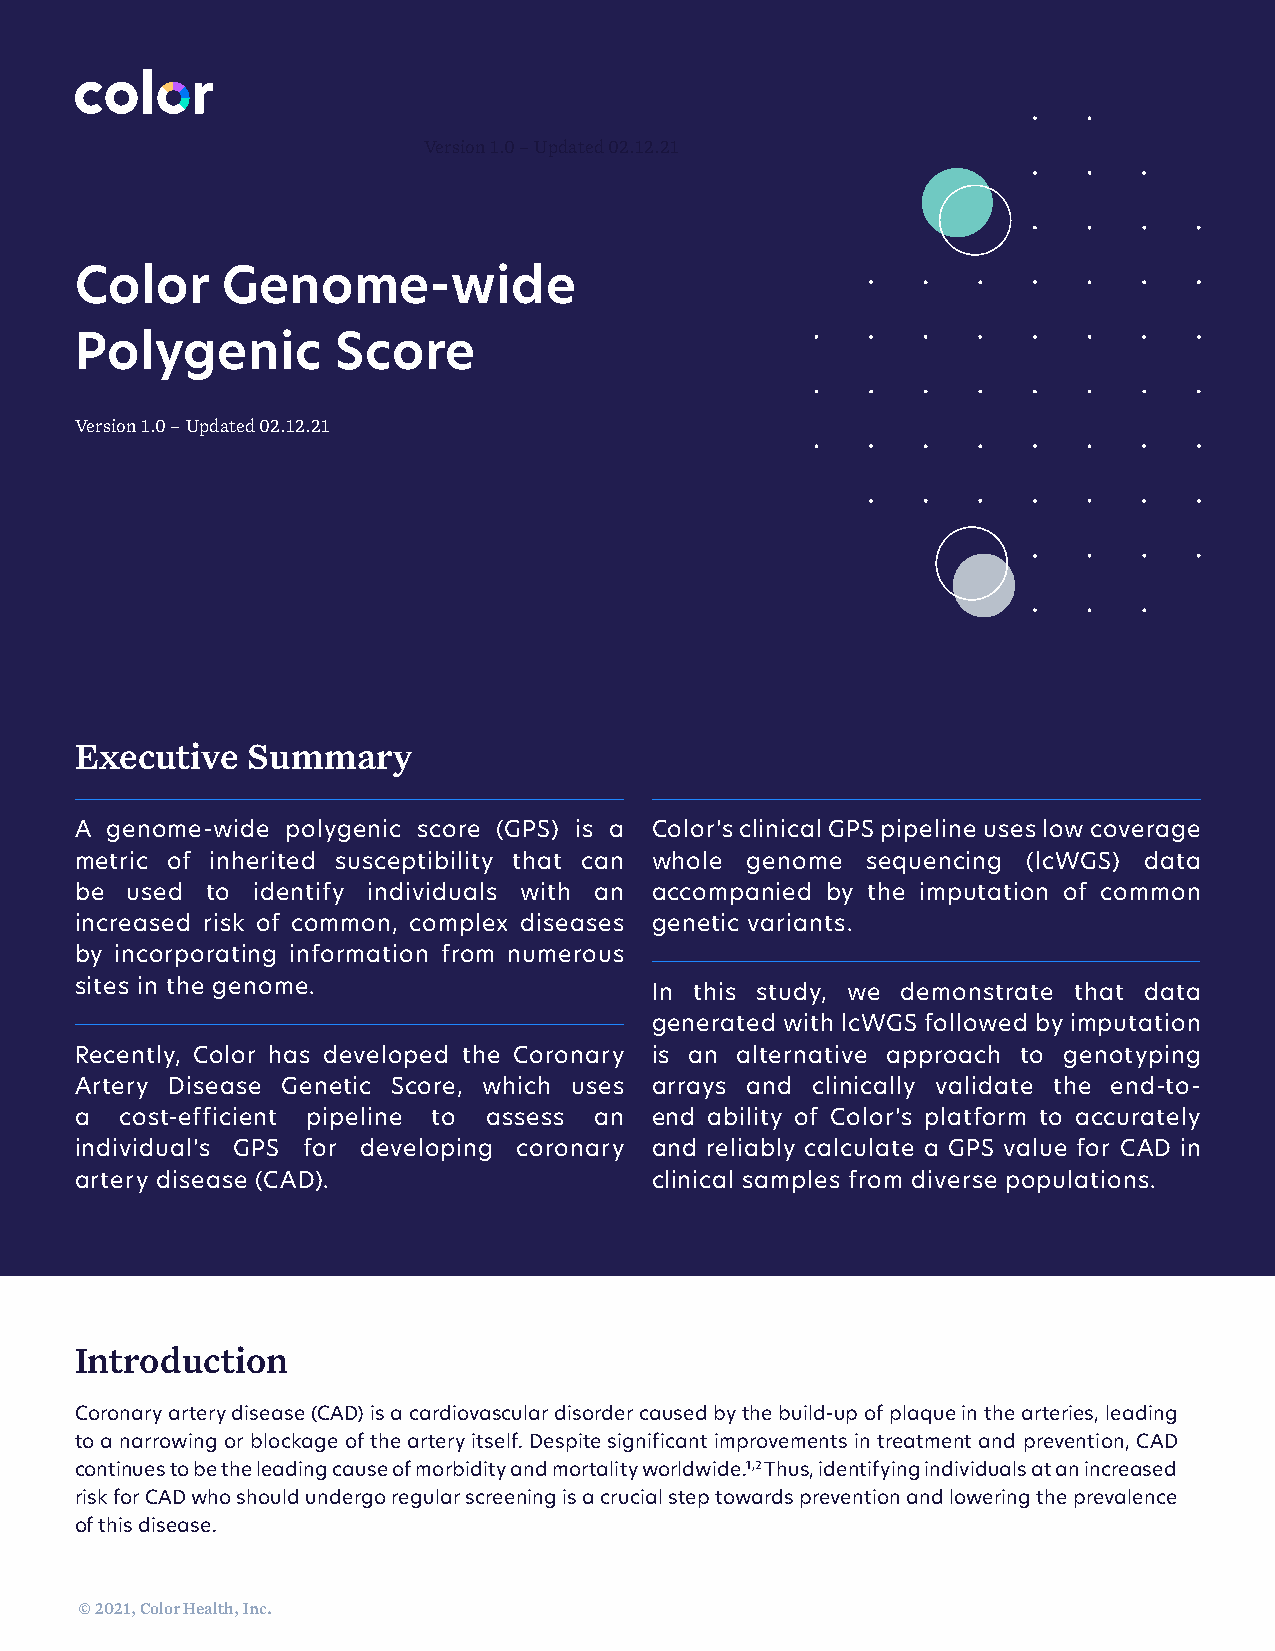
Version 1.0 – Updated 02.12.21
 Color     Genome-wide
 Polygenic        Score
 Version 1.0 – Updated 02.12.21
 Executive  Summary
 A genome-wide polygenic score (GPS) is a Color’s clinical GPS pipeline uses low coverage
 metric of inherited susceptibility that can whole genome sequencing (lcWGS) data
 be used  to identify individuals with an accompanied by the imputation of common
 increased risk of common, complex diseases genetic variants.
 by incorporating information from numerous
 sites in the genome.                  In this study, we demonstrate that data
 generated with lcWGS followed by imputation
 Recently, Color has developed the Coronary is an alternative approach to genotyping
 Artery Disease Genetic Score, which uses arrays and clinically validate the end-to-
 a  cost-efficient pipeline to assess an end ability of Color’s platform to accurately
 individual’s GPS for developing coronary and reliably calculate a GPS value for CAD in
 artery disease (CAD).                 clinical samples from diverse populations.
 Introduction
 Coronary artery disease (CAD) is a cardiovascular disorder caused by the build-up of plaque in the arteries, leading
 to a narrowing or blockage of the artery itself. Despite significant improvements in treatment and prevention, CAD
 continues to be the leading cause of morbidity and mortality worldwide.1,2 Thus, identifying individuals at an increased
 risk for CAD who should undergo regular screening is a crucial step towards prevention and lowering the prevalence
 of this disease.
 © 2021, Color Health, Inc.